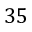
3 5